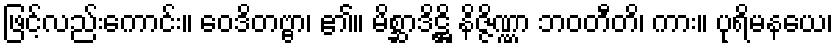
ဖြင့်လည်းကောင်း။ ဝေဒိတဗ္ဗာ၊ ၏။ မိစ္ဆာဒိဋ္ဌိ နိဇ္ဇိဏ္ဏာ ဘဝတီတိ၊ ကား။ ပုရိမနယေ၊